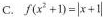
c.$$f ( x ^ { 2 } + 1 ) = \left | x + 1 \right |$$